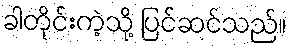
ခါတိုင်းကဲ့သို့ ပြင်ဆင်သည်။